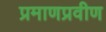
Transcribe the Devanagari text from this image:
प्रमाणप्रवीण